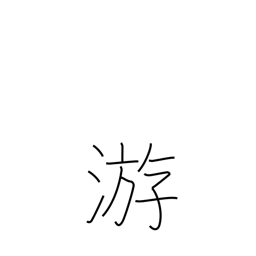
Meaning: float